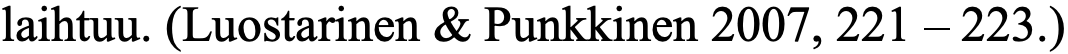
laihtuu. (Luostarinen & Punkkinen 2007, 221 – 223.)